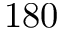
1 8 0